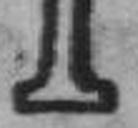
1